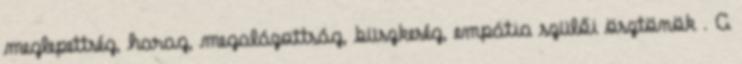
meglepettség, harag, megalázottság, büszkeség, empátia szülői ösztönök . A